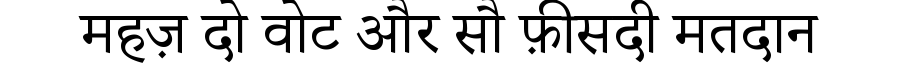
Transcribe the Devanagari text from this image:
महज़ दो वोट और सौ फ़ीसदी मतदान